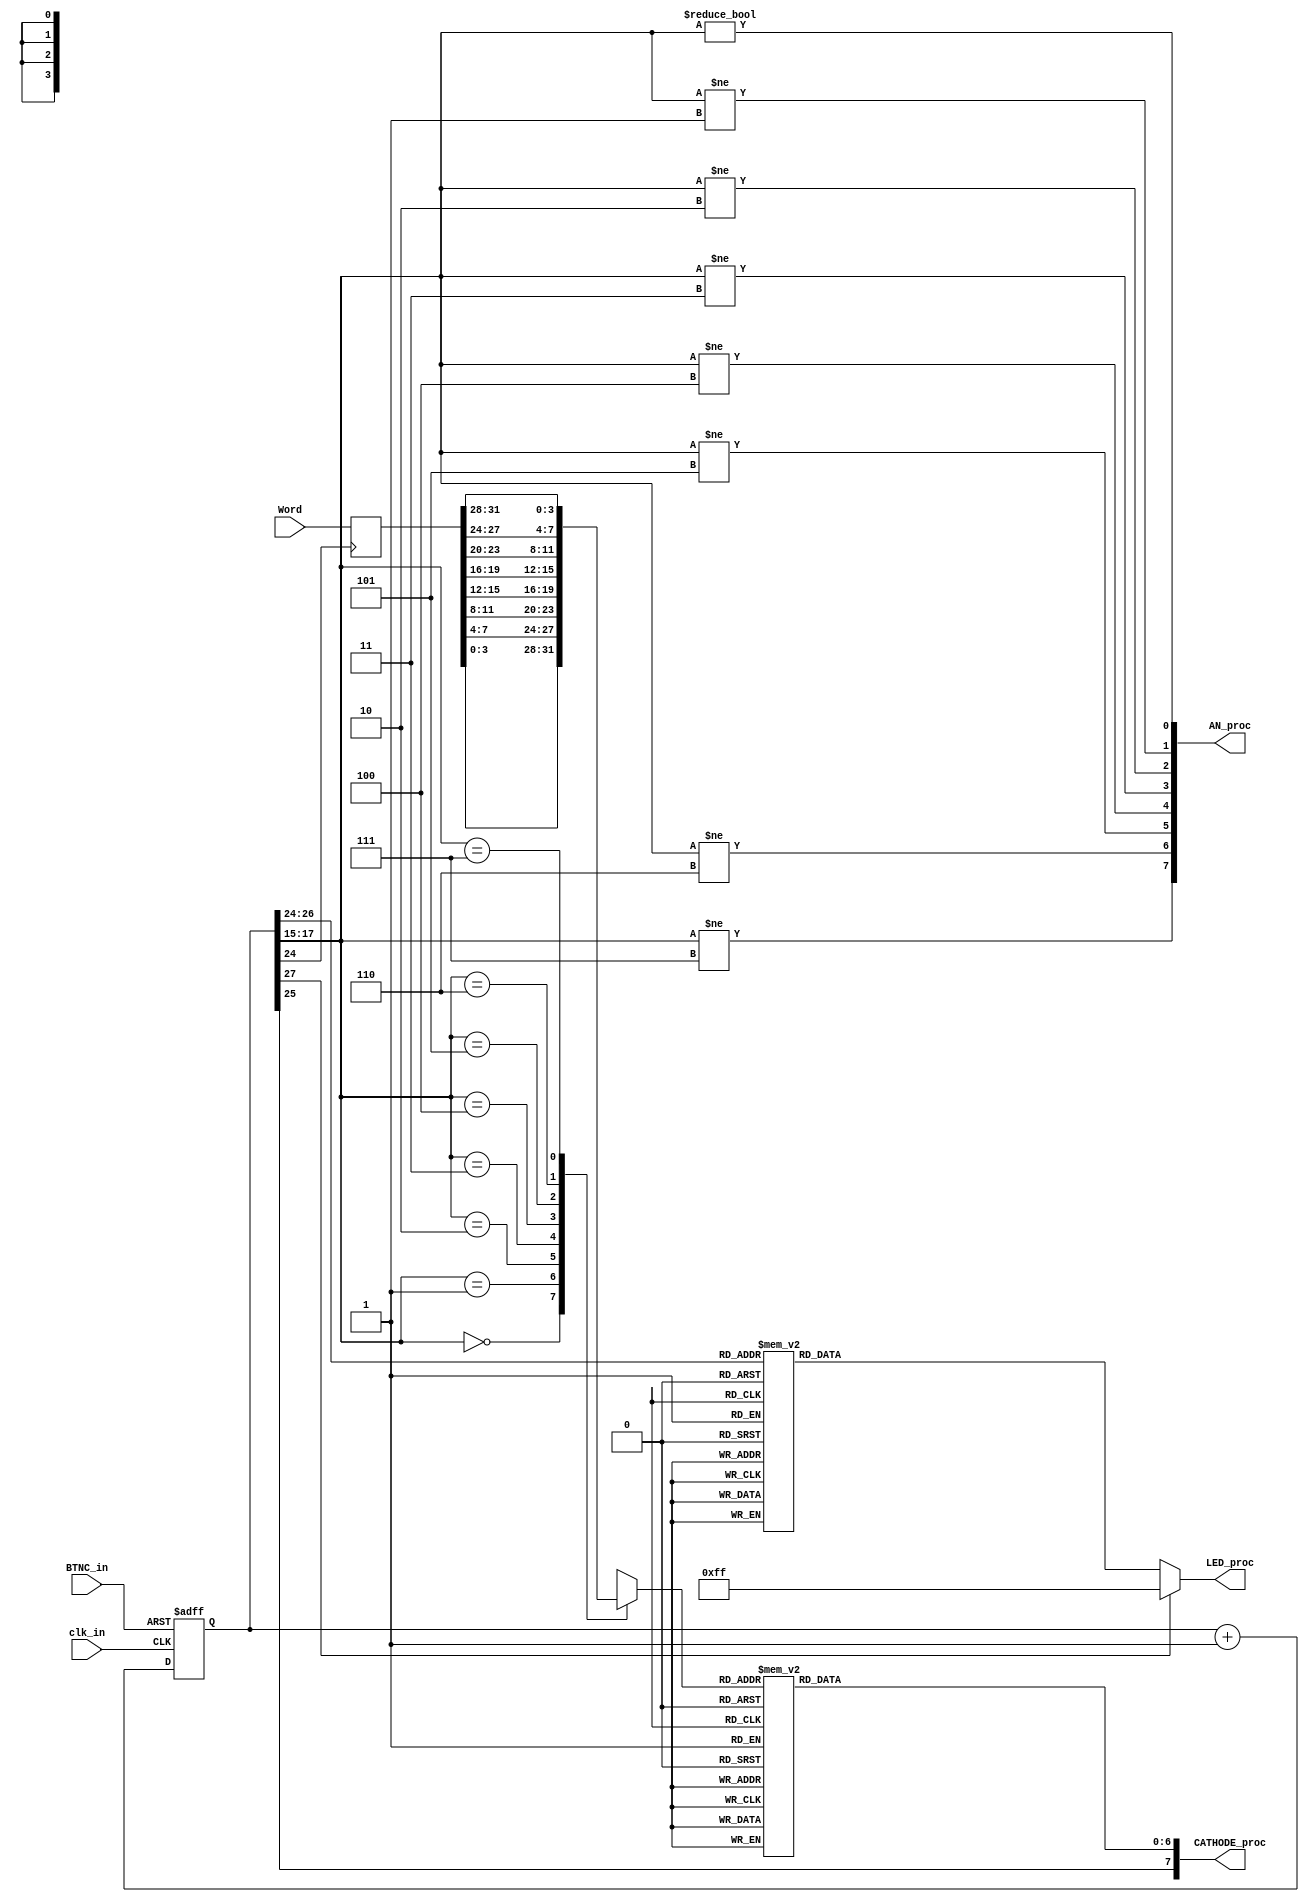
module nexys4_display
	(
	Word,
	clk_in,
	//BTNL, BTNU, BTND, BTNR,
	BTNC_in,
	//SW,
	LED_proc,
	AN_proc,						// Anodes
	CATHODE_proc	// Cathodes, Dot Point[7]
	);

	input [31:0] Word;
	input clk_in;
	input BTNC_in; //BTNL, BTNU, BTND, BTNR, BTNC;
	//input [15:0] SW;

	output [7:0] LED_proc;
	output [7:0] AN_proc;
	//output CA,CB,CC,CD,CE,CF,CG;
	//output DP;
	output [7:0] CATHODE_proc;

	wire reset;
	wire board_clk;
	wire [2:0] slow_bits;
	wire [2:0] sev_seg_clk;
	reg [27:0] divclk;

	assign reset = BTNC_in;

	always @(posedge clk_in, posedge reset)
	begin
		if (reset)
			divclk <= 0;
		else
			divclk <= divclk + 1'b1;
	end

	assign CATHODE_proc[7] = divclk[25]; // The dot point on each SSD flashes
	// divclk[25] (~1.5Hz) = (100MHz / 2**26)
	assign sev_seg_clk = divclk[17:15];
	assign slow_bits = divclk[26:24];


	// Buttons and LEDs
	//wire button_pressed;
	//assign button_pressed = BTNL | BTNU | BTND | BTNR ;

	reg [7:0] walking_leds;

	//assign LED_proc[7:0] = button_pressed ? {BTNL, BTNL, BTNU, BTNU, BTND, BTND, BTNR, BTNR} : ( divclk[27] ? 8'b11111111 : walking_leds );
	assign LED_proc[7:0] = divclk[27] ? 8'b11111111 : walking_leds;

	reg [31:0] Word_slow;

	always @ (posedge divclk[24])
	begin
		Word_slow <= Word;
	end

	always @ (slow_bits)
	begin
		case (slow_bits)
			3'b000: walking_leds = 8'b00000001 ;
			3'b001: walking_leds = 8'b00000010 ;
			3'b010: walking_leds = 8'b00000100 ;
			3'b011: walking_leds = 8'b00001000 ;
			3'b100: walking_leds = 8'b00010000 ;
			3'b101: walking_leds = 8'b00100000 ;
			3'b110: walking_leds = 8'b01000000 ;
			3'b111: walking_leds = 8'b10000000 ;
			default:walking_leds = 8'bXXXXXXXX ;
		endcase
	end


	// SSD (Seven Segment Display)
	reg [3:0] SSD;
	wire [3:0] SSD3, SSD2, SSD1, SSD0, SSD4, SSD5, SSD6, SSD7;

	assign AN_proc[0] = sev_seg_clk != 3'd0;
	assign AN_proc[1] = sev_seg_clk != 3'd1;
	assign AN_proc[2] = sev_seg_clk != 3'd2;
	assign AN_proc[3] = sev_seg_clk != 3'd3;
	assign AN_proc[4] = sev_seg_clk != 3'd4;
	assign AN_proc[5] = sev_seg_clk != 3'd5;
	assign AN_proc[6] = sev_seg_clk != 3'd6;
	assign AN_proc[7] = sev_seg_clk != 3'd7;

	// localparam word = 32'habcd_ef45;

	assign {SSD7, SSD6, SSD5, SSD4, SSD3, SSD2, SSD1, SSD0} = Word_slow;
	/*
	assign SSD0 = SW[3:0];
	assign SSD1 = SW[7:4];
	assign SSD2 = SW[11:8];
	assign SSD3 = SW[15:12];
	assign SSD4 = ~SW[3:0];
	assign SSD5 = ~SW[7:4];
	assign SSD6 = ~SW[11:8];
	assign SSD7 = ~SW[15:12];
	*/

	always @ (sev_seg_clk, SSD0, SSD1, SSD2, SSD3, SSD4, SSD5, SSD6, SSD7)
	begin
		case (sev_seg_clk)
			3'b000: SSD = SSD0;
			3'b001: SSD = SSD1;
			3'b010: SSD = SSD2;
			3'b011: SSD = SSD3;
			3'b100: SSD = SSD4;
			3'b101: SSD = SSD5;
			3'b110: SSD = SSD6;
			3'b111: SSD = SSD7;
		endcase
	end

	reg [6:0] cathodes;
	assign CATHODE_proc[6:0] = cathodes;

	// Following is Hex to SSD
	always @ (SSD)
	begin
		case (SSD)
			4'b0000: cathodes = 7'b0000001 ; // 0
			4'b0001: cathodes = 7'b1001111 ; // 1
			4'b0010: cathodes = 7'b0010010 ; // 2
			4'b0011: cathodes = 7'b0000110 ; // 3
			4'b0100: cathodes = 7'b1001100 ; // 4
			4'b0101: cathodes = 7'b0100100 ; // 5
			4'b0110: cathodes = 7'b0100000 ; // 6
			4'b0111: cathodes = 7'b0001111 ; // 7
			4'b1000: cathodes = 7'b0000000 ; // 8
			4'b1001: cathodes = 7'b0000100 ; // 9
			4'b1010: cathodes = 7'b0001000 ; // A
			4'b1011: cathodes = 7'b1100000 ; // b
			4'b1100: cathodes = 7'b0110001 ; // C
			4'b1101: cathodes = 7'b1000010 ; // d
			4'b1110: cathodes = 7'b0110000 ; // E
			4'b1111: cathodes = 7'b0111000 ; // F
			default: cathodes = 7'bXXXXXXX ;
		endcase
	end
endmodule